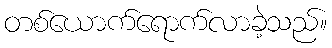
တစ်ယောက်ရောက်လာခဲ့သည်။